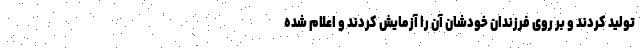
تولید کردند و بر روی فرزندان خودشان آن را آزمایش کردند و اعلام شده